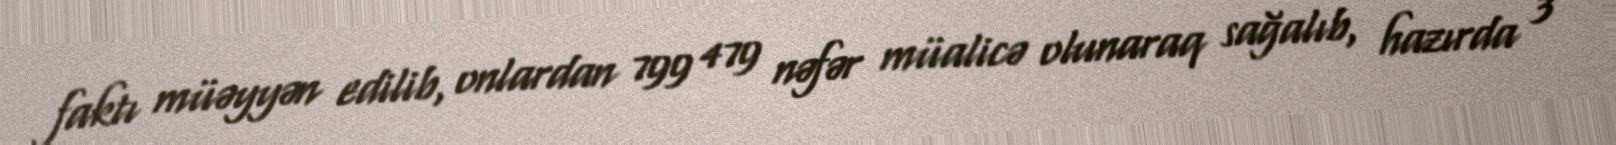
faktı müəyyən edilib, onlardan 799 479 nəfər müalicə olunaraq sağalıb, hazırda 3